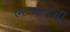
ભગવનની